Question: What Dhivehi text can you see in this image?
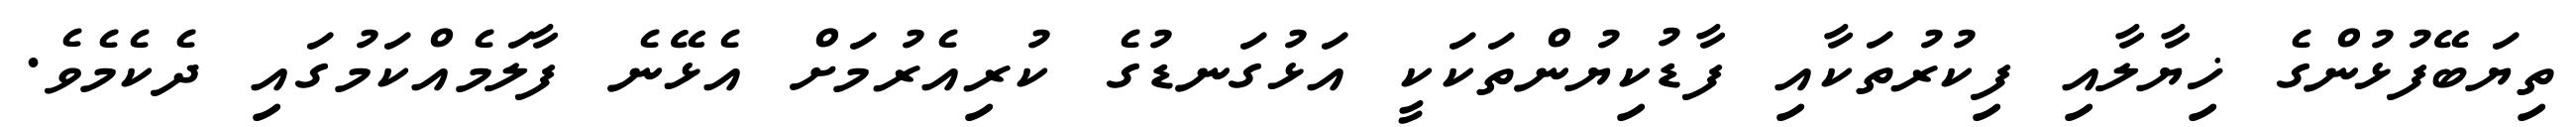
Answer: ތިޔަބޭފުޅުންގެ ޚިޔާލާއި ފިކުރުތަކާއި ފާޑުކިޔުންތަކަކީ އަޅުގަނޑުގެ ކުރިއެރުމަށް އެޅޭނެ ފާލަމެއްކަމުގައި ދެކެމެވެ.